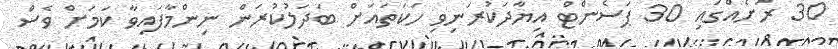
30 ރަށެއްގައި 30 ޕަސެންޓް އިޔާދަކުރަނިވި ހަކަތައަށް ބަދަލުކުރަން ނިންމާފައިވާ ކަމަށް ވެސް